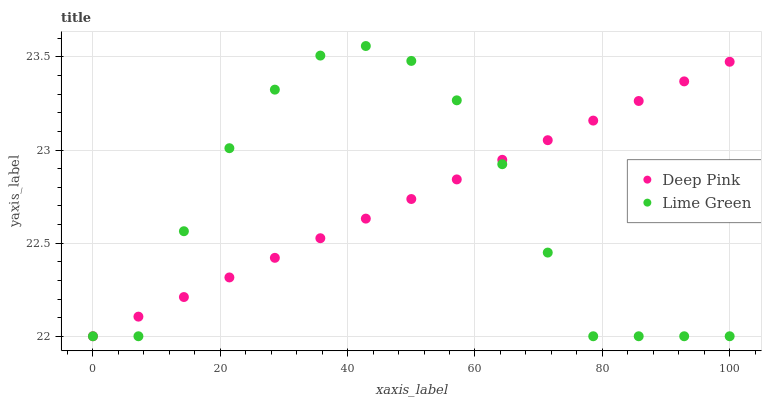
| xaxis_label | Deep Pink | Lime Green |
 | --- | --- | --- |
 | 0 | 22 | 22 |
 | 7.14 | 22.1 | 22 |
 | 14.3 | 22.2 | 22.6 |
 | 21.4 | 22.3 | 23 |
 | 28.6 | 22.4 | 23.3 |
 | 35.7 | 22.5 | 23.5 |
 | 42.9 | 22.6 | 23.6 |
 | 50 | 22.7 | 23.5 |
 | 57.1 | 22.8 | 23.3 |
 | 64.3 | 22.9 | 22.9 |
 | 71.4 | 23.1 | 22.4 |
 | 78.6 | 23.2 | 22 |
 | 85.7 | 23.3 | 22 |
 | 92.9 | 23.4 | 22 |
 | 100 | 23.5 | 22 |